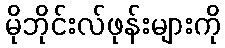
မိုဘိုင်းလ်ဖုန်းများကို